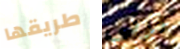
طريقها ترني